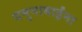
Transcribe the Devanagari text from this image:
यमुनाबाईंना